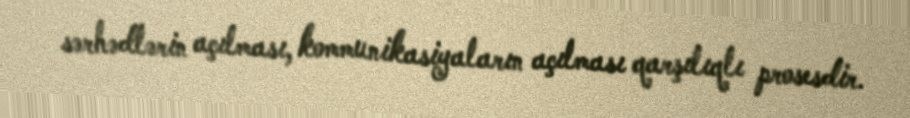
sərhədlərin açılması, kommunikasiyaların açılması qarşılıqlı prosesdir.